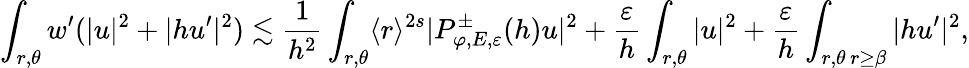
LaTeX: \int_{r,\theta}w^{\prime}(|u|^{2}+|hu^{\prime}|^{2})\lesssim\frac{1}{h^{2}}\int_{r,\theta}\langle r\rangle^{2s}|P_{\varphi,E,\varepsilon}^{\pm}(h)u|^{2}+\frac{\varepsilon}{h}\int_{r,\theta}|u|^{2}+\frac{\varepsilon}{h}\int_{\substack{r,\theta\, r\geq\beta}}|hu^{\prime}|^{2},